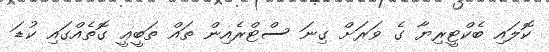
ކޮލައި ބެކްޓީރިޔާ ގެ ވަރަށް ގިނަ ސްޓްރެއިން ތައް ތަބީޢީ ގޮތެއްގައި ކުޑަ